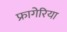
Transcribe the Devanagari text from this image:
फ्रागेरिया